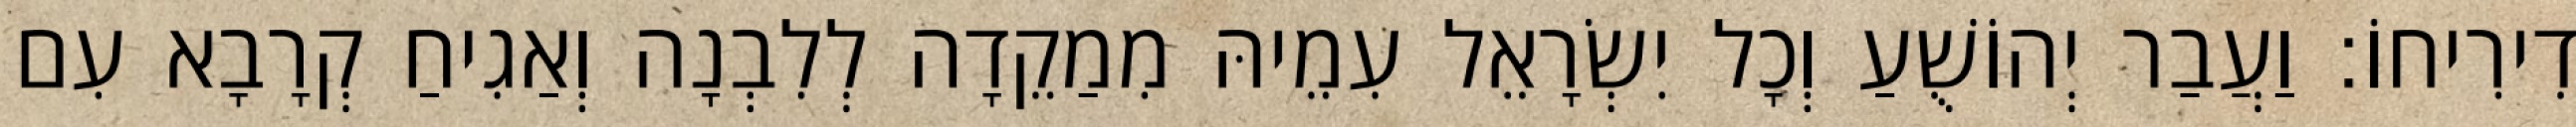
דִירִיחוֹ׃ וַעֲבַר יְהוֹשֻׁעַ וְכָל יִשְׂרָאֵל עִמֵיהּ מִמַקֵדָה לְלִבְנָה וְאַגִיחַ קְרָבָא עִם